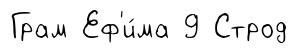
Грам Еф'и́ма 9 Строд